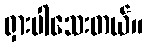
ရှားပါသေးတယ်။